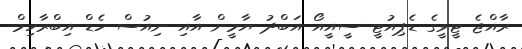
ރާއްޖެ ޓީވީގެ ޑެޕިއުޓީ ސީއީއޯ އަބްދު ޔާމީން އާއި ނިއުސް ހެޑް އިބްރާހިމް